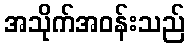
အသိုက်အဝန်းသည်